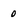
Character: 0